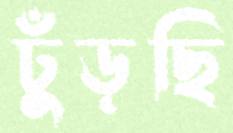
ঢুঁড়ছি